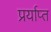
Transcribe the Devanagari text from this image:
प्रर्याप्‍त